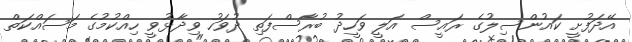
އޭދަފުށީ ކައުންސިލުގެ ރައީސް އަލީ ވަހީދު ބުރާސްފަތި ދުވަހު ވިދާޅުވީ ހިއްކުމުގެ މަސައްކަތް